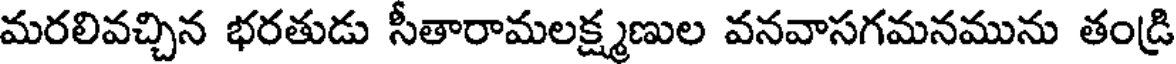
మరలివచ్చిన భరతుడు సీతారామలక్ష్మణుల వనవాసగమనమును తండ్రి